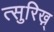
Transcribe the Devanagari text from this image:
त्सुरिख़्